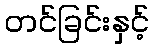
တင်ခြင်းနှင့်